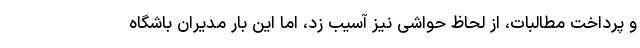
و پرداخت مطالبات، از لحاظ حواشی نیز آسیب زد، اما این بار مدیران باشگاه